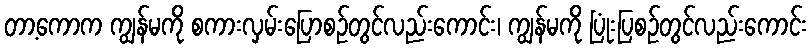
တာ့ကောက ကျွန်မကို စကားလှမ်းပြောစဉ်တွင်လည်းကောင်း၊ ကျွန်မကို ပြုံးပြစဉ်တွင်လည်းကောင်း